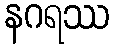
နဂရဿ